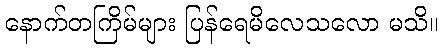
နောက်တကြိမ်များ ပြန်ရေမိလေသလော မသိ။